Civil Veterinary Department. United Provinces 1912-22 - 1912-1922
Year: 1912
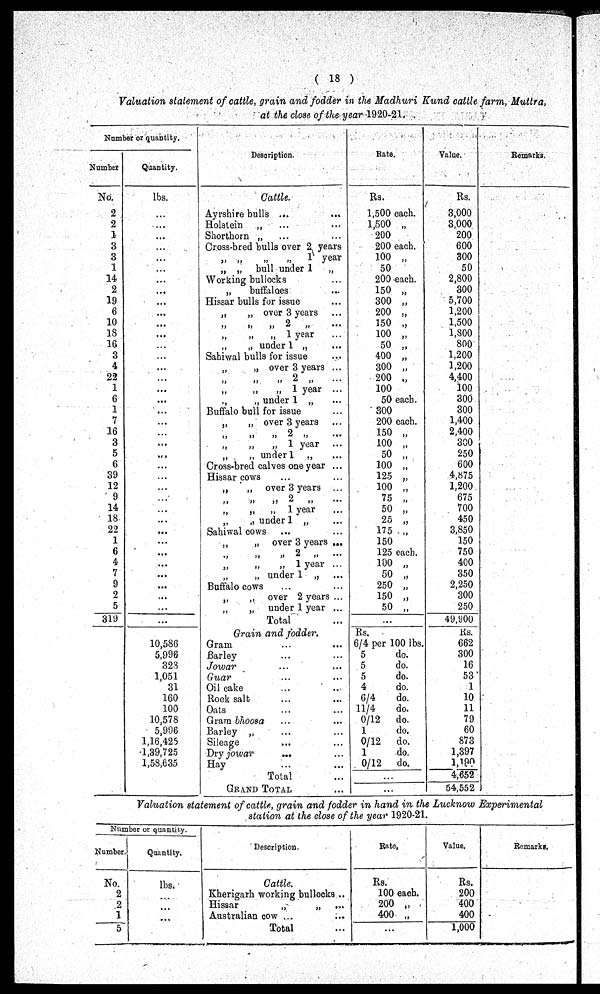
(18)
Valuation statement of cattle, grain and fodder in the Madhuri Kund cattle farm, Muttra,
at the close of the year 1920-21.
Number or quantity.
Number
No.
2
2
1
3
3
1
14
2
19
6
10
18
16
3
4
22
1
6
1
7
16
3
5
6
39
12
9
14
18
22
1
6
4
7
9
2
5
319
Quantity.
lbs.
...
...
...
...
...
...
...
...
...
...
...
...
...
...
...
...
...
...
...
...
...
...
...
...
...
...
...
...
...
...
...
...
...
...
...
...
...
...
10,586
5,996
323
1,051
31
160
100
10,578
5,906
1,16,425
1,39,725
1,58,635
Description.
Cattle.
Ayrshire bulls
...
...
Holstein „ ...
...
Shorthorn
„
...
...
Cross-bred bulls over 2 years
„ „
„
„
1 year
„ „ bull under 1 „
Working bullocks
„
buffaloes ...
Hissar bulls for issue ...
„
„ over 3 years
„ „ „ 2 „ ...
„ „ „ 1 year ...
„ „ under 1 „ ...
Sahiwal bulls for issue ...
„
„ over 3 years ...
„ „ „ 2 „
...
„ „ „ 1 year ...
„ „ under 1 „ ...
Buffalo bull for issue
„ „ over 3 years
„ „ „ 2 „ ...
„ „„ 1 year ...
„
„ under 1 „ ...
Cross-bred calves one year ...
Hissar cows ... ...
„
„ over 3 years ...
„ „ „ 2 „ ...
„ „ „ 1 year
...
„ „ under 1 „ ...
Sahiwal cows ... ...
„
„
over 3 years ...
„ „ „ 2 „ ...
„
„
„
„
1 year ...
„
„ under 1 „ ...
Buffalo cows
„
„
over 2 years ...
„ „ under 1 year ...
Total ...
Grain and fodder.
Gram ... ...
Barley ... ...
Jowar ... ...
Guar ... ...
Oil cake
...
...
Rock salt ... ...
Oats ... ...
Gram bhoosa ... ...
Barley „ ... ...
Sileage ... ...
Dry jowar ... ...
Hay ... ...
Total ...
GRAND TOTAL ...
Rate.
Rs.
1,500 each.
1,500 „
200
200 each.
100 „
50
200 each.
150 „
300 „
200 „
150 „
100 „
50 „
400 „
300 „
200 „
100
50 each.
300
200 each.
150 „
100 „
50 „
100 „
125 „
100 „
75 „
50 „
25 „
175 „
150
125 each.
100 „
50 „
250 „
150 „
50 „
...
Rs.
6/4 per 100 lbs.
5
do.
5
do.
5
do.
4
do.
6/4
do.
11/4
do.
0/12 do.
1
do.
0/12 do.
1
do.
0/12 do.
...
Value.
Rs.
3,000
3,000
200
600
300
50
2,800
300
5,700
1,200
1,500
1,800
800
1,200
1,200
4,400
100
300
300
1,400
2,400
300
250
600
4,875
1,200
675
700
450
3,850
150
750
400
350
2,250
300
250
49,900
Rs.
662
300
16
53
1
10
11
79
60
873
1,397
1,190
4,652
54,552
Remarks.
Valuation statement of cattle, grain and fodder in hand in the Lucknow Experimental
station at the close of the year 1920-21.
Number or quantity.
Number.
No.
2
2
1
5
Quantity.
lbs.
...
...
...
...
Description.
Cattle.
Kherigarh working bullocks ..
Hissar
„
„ ...
Australian cow ... ...
Total ...
Rate.
Rs.
100 each.
200 „
400 „
...
Value.
Rs.
200
400
400
1,000
Remarks.